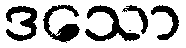
ဒသော